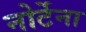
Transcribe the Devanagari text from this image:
नोर्टेना